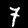
Digit: 7